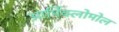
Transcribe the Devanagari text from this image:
आर्मिक्लोमोल